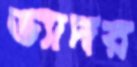
ভ্যাদর